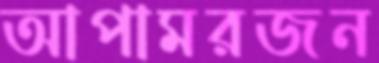
আপামরজন